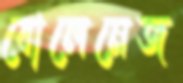
বোলেনেজ